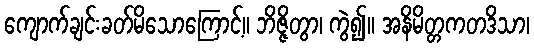
ကျောက်ချင်းခတ်မိသောကြောင့်။ ဘိဇ္ဇိတွာ၊ ကွဲ၍။ အနိမိတ္တကတဒိသာ၊